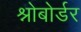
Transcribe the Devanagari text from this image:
श्नोबोर्डर